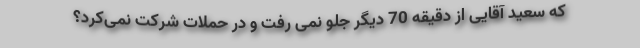
که سعید آقایی از دقیقه 70 دیگر جلو نمی رفت و در حملات شرکت نمی‌کرد؟